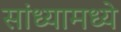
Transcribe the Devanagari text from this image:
सांध्यामध्ये